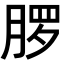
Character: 𬂂